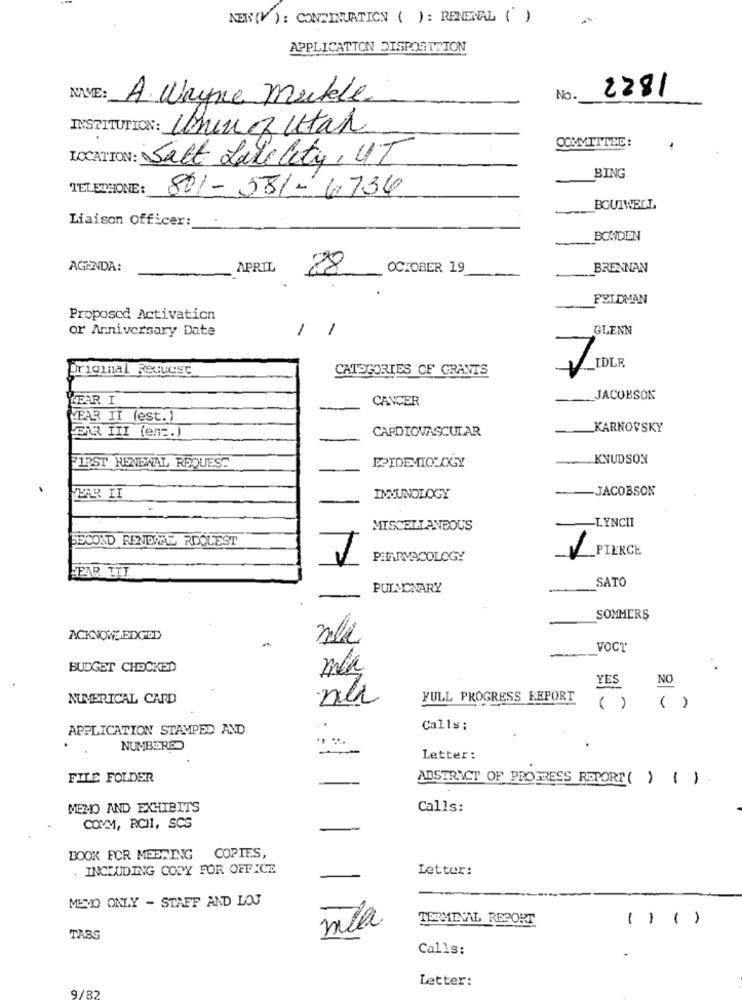
AEN(V): CONTINUATION ( ) : RENEWAL ()
APPLICATION DISPOSITION
A. Wayne Mekle
No.
2281
INSTITUTION: Ching Utah
COMMITTEE:
LOCATION: Salt LakeCity, UT
BING
TELEPHONE:
801-581-6736
BOUTWELL,
Liaison Officer:
BONDIEN
AGENDA:
APRIL,
88
OCTOBER 19
BRENNAN
FELDMAN
Proposcd Activation
or Anniversary Date
1
1
GLENN
Original Request
CATEGORIES OF GRAVIS
1 TOLER
TAR I
CANCER
_JACOBSON
VEAR II (est.)
CARDIOVASCULAR
KARNOVSKY
EAR III (em :. )
FIRST RENEWAL REQUEST
KNUDSON
EPIDEMIOLOGY
JACOBSON
ZAR II
IMMUNOLOGY
LYNCH
MISCELLANEOUS
SECOND RENDARE REQUEST
PIERCE
PHARMACOLOGY
HEAR TIL
SATO
PULMONARY
SOMMERS
ACKNOWLEDGED
VOCT'
BUDGET CHOCKED
NO
YES
NUMERICAL CARD
na
FULL PROGRESS REPORT
( )
( )
APPLICATION STAMPED AND
Calls:
.
NUMBERED
-
Letter:
FILE FOLDER
ABSTRACT OF PROGRESS REPORT ( ) ()
MEMO AND EXHIBITS
Calls:
COMM, RCHI, SCS
BOOK FOR MEETING COPIES,
INCLUDING COPY FOR OFFICE
Letter:
MENO ONLY - STAFF AND LOJ
mla
TERMEVAL REPORT
( ) ( )
TABS
Calls:
Letter:
9/82